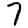
Digit: 7